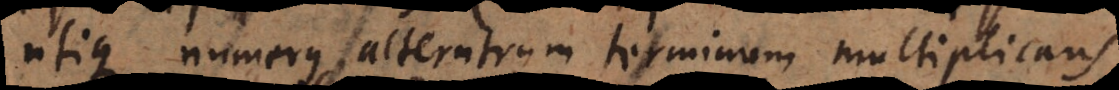
utique numerus alterutrum terminum multiplicans